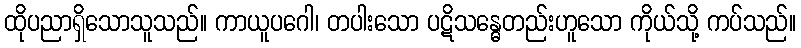
ထိုပညာရှိသောသူသည်။ ကာယူပဂေါ၊ တပါးသော ပဋိသန္ဓေတည်းဟူသော ကိုယ်သို့ ကပ်သည်။